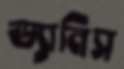
ড্যানিস